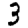
Digit: 3